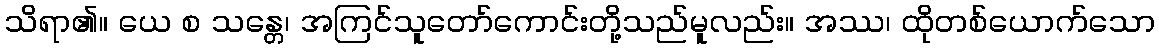
သိရာ၏။ ယေ စ သန္တေ၊ အကြင်သူတော်ကောင်းတို့သည်မူလည်း။ အဿ၊ ထိုတစ်ယောက်သော